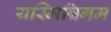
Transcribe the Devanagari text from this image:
यस्मिन्निगम